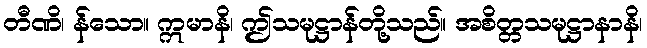
တီဏိ၊ န်သော။ ဣမာနိ၊ ဤသမုဋ္ဌာန်တို့သည်။ အစိတ္တသမုဋ္ဌာနာနိ၊